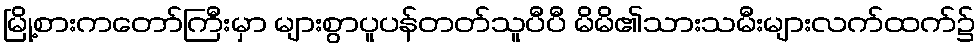
မြို့စားကတော်ကြီးမှာ များစွာပူပန်တတ်သူပီပီ မိမိ၏သားသမီးများလက်ထက်၌